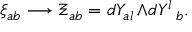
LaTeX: \xi _ { a b } \longrightarrow \Xi _ { a b } = d Y _ { a l } \, { \wedge } { d Y ^ { l } \, _ { b } } .